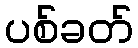
ပစ်ခတ်